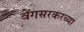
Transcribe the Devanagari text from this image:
वेंगसरकरच्या